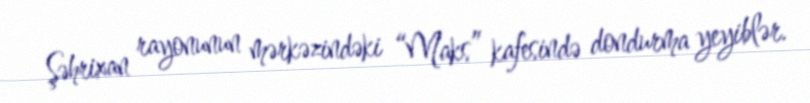
Şəhrixan rayonunun mərkəzindəki “Maks” kafesində dondurma yeyiblər.